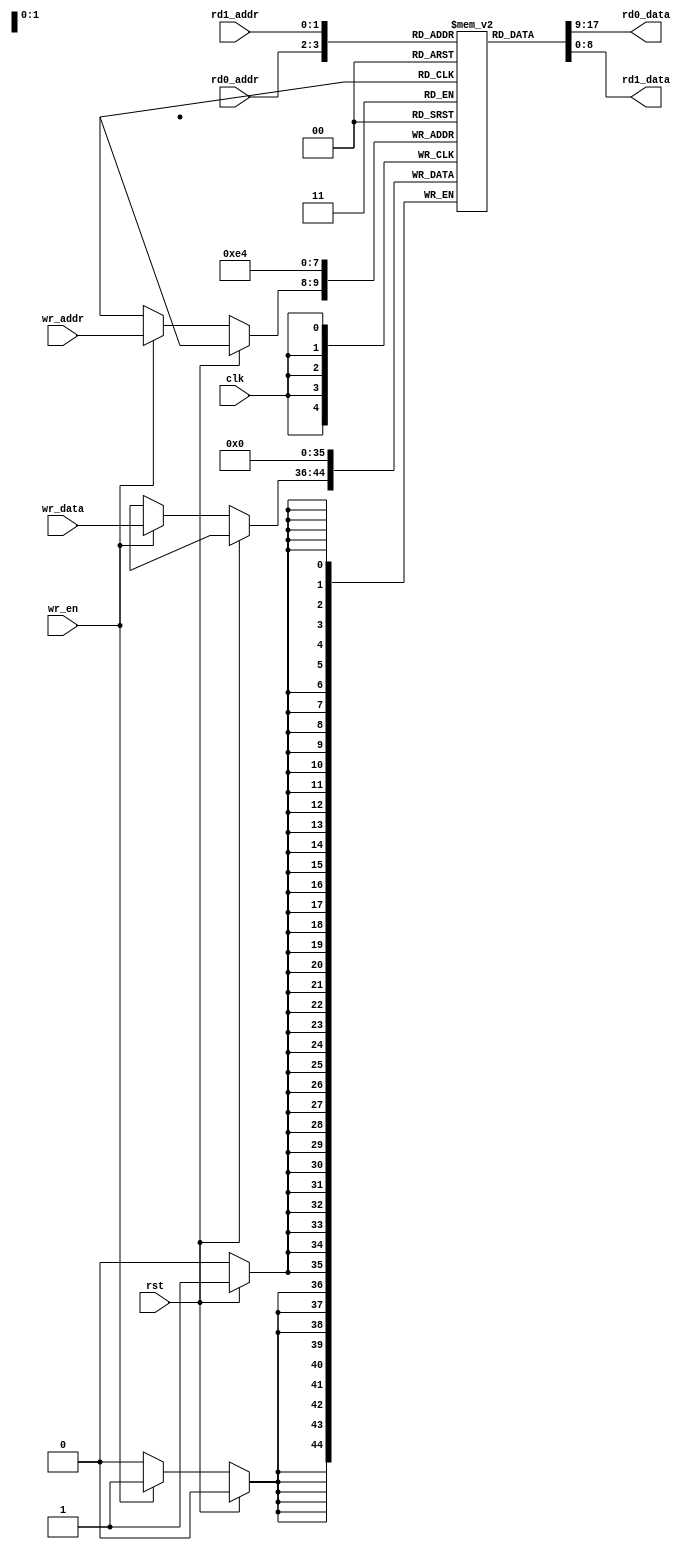
`timescale 1ns / 1ps


module reg_file(

    input rst,
    input clk,
    input wr_en,
    input [1:0] rd0_addr,
    input [1:0] rd1_addr,
    input [1:0] wr_addr,
    input [8:0] wr_data,
    
    output [8:0] rd0_data,
    output [8:0] rd1_data
    );
    
    reg [8:0] regis [0:3];
    
    assign rd0_data = regis [rd0_addr];
    assign rd1_data = regis [rd1_addr];
    
    always @(posedge  clk)
        if(rst) begin
            regis[0] <= 0;
            regis[1] <= 0;
            regis[2] <= 0;
            regis[3] <= 0;
        end else begin
            if(wr_en) regis[wr_addr] <= wr_data;
        end
endmodule